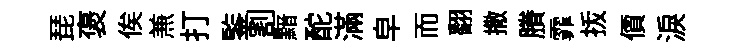
琵褒俟𠔥打鍳割黯酡滿皁而翻撒賸霏㧞價淚